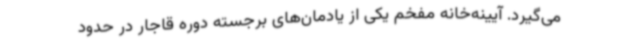
می‌گیرد. آیینه‌خانه مفخم یکی از یادمان‌های برجسته دوره قاجار در حدود